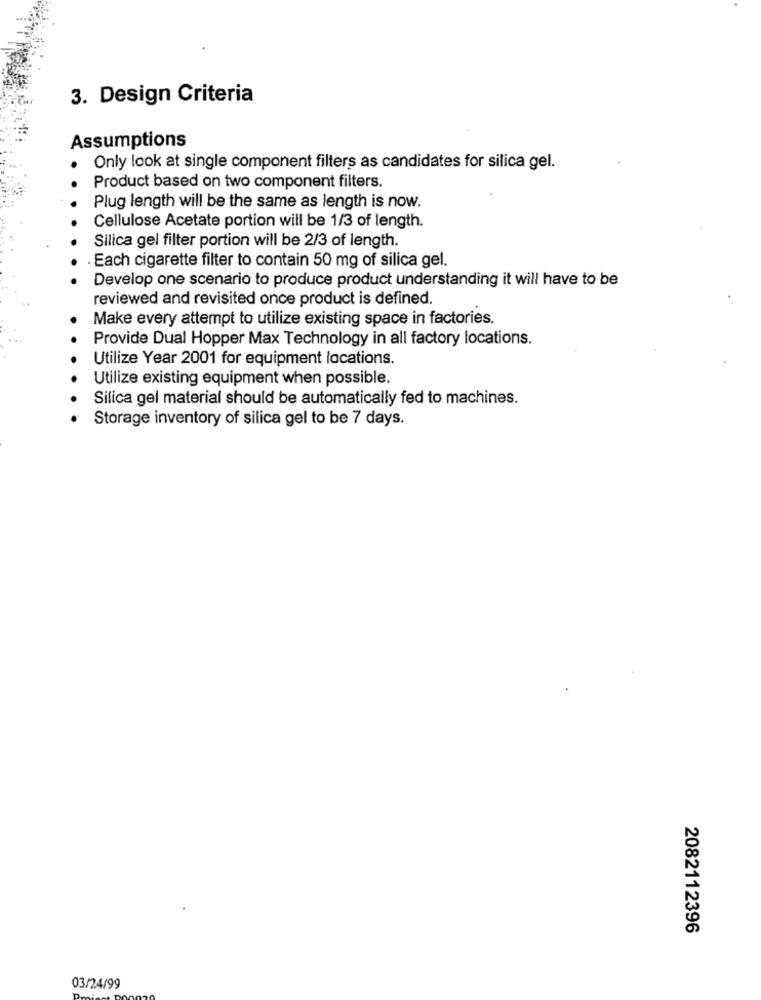
3. Design Criteria
Assumptions
Only look at single component filters as candidates for silica gel.
Product based on two component filters.
Plug length will be the same as length is now.
Cellulose Acetate portion will be 1/3 of length.
Silica gel filter portion will be 2/3 of length.
Each cigarette filter to contain 50 mg of silica gel.
Develop one scenario to produce product understanding it will have to be
reviewed and revisited once product is defined.
Make every attempt to utilize existing space in factories.
Provide Dual Hopper Max Technology in all factory locations.
Utilize Year 2001 for equipment locations.
Utilize existing equipment when possible.
Silica gel material should be automatically fed to machines.
Storage inventory of silica gel to be 7 days.
2082112396
03/24/99